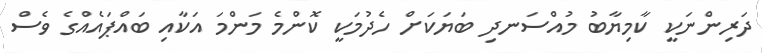
ދަރިންނަކީ ކާމިޔާބު މުއްސަނދި ބަޔަކަށް ހެދުމަކީ ކޮންމެ މަންމަ އަކާއި ބައްޕައެއްގެ ވެސް